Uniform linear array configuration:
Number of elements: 48
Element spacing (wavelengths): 1
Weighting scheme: exponential
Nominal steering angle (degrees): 30
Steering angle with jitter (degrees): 28.428
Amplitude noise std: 0.05
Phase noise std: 0.05

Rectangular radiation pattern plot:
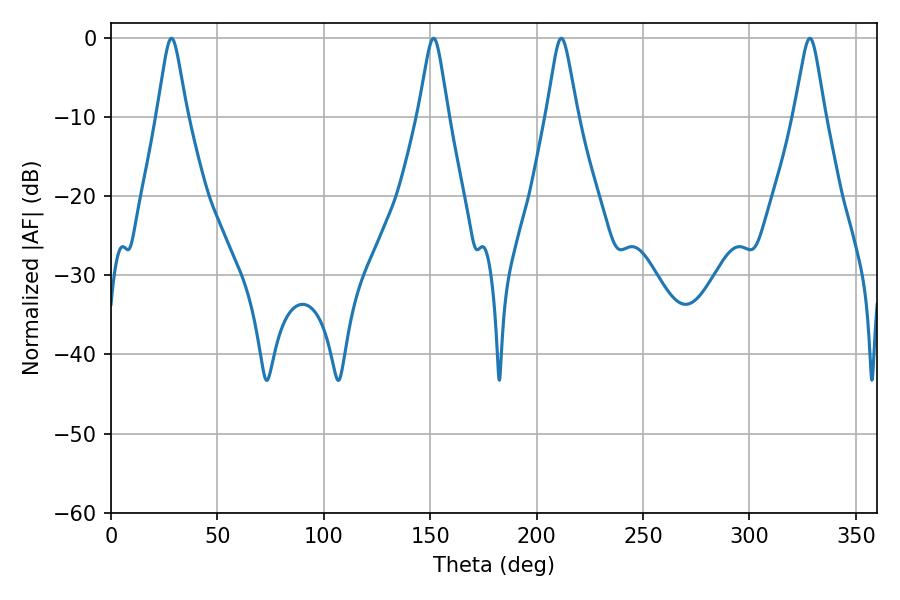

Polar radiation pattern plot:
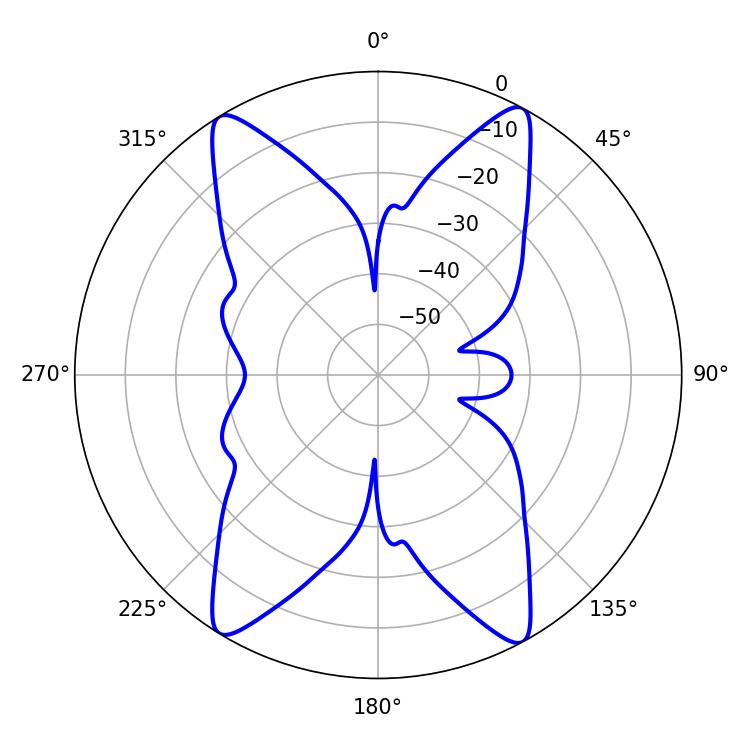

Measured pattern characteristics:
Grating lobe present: TRUE
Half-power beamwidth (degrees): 6.48
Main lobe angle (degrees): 28.44